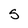
Character: s